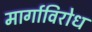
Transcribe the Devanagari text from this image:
मार्गाविरोध